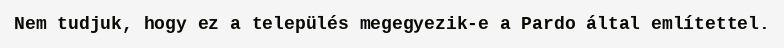
Nem tudjuk, hogy ez a település megegyezik-e a Pardo által említettel.